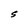
Character: S